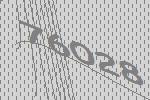
76028